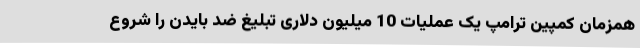
همزمان کمپین ترامپ یک عملیات 10 میلیون دلاری تبلیغ ضد بایدن را شروع